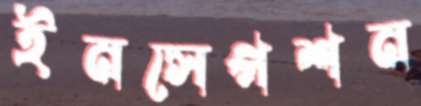
ইনসেপশন